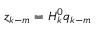
z _ { k - m } = H _ { k } ^ { 0 } q _ { k - m }